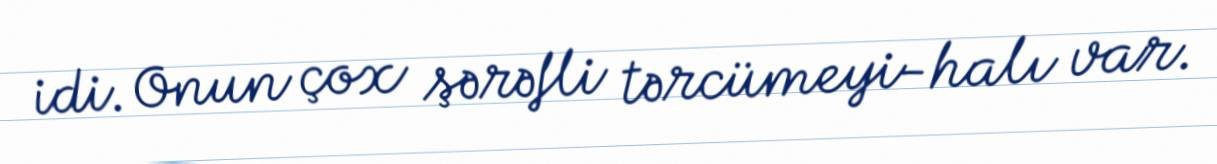
idi. Onun çox şərəfli tərcümeyi-halı var.